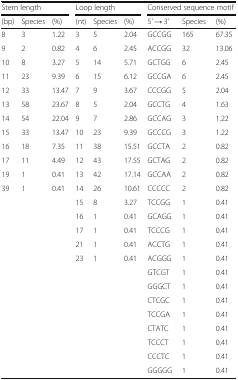
<table><thead><tr><td colspan="3"><b>Stem length</b></td><td colspan="3"><b>Loop length</b></td><td colspan="3"><b>Conserved sequence motif</b></td></tr><tr><td><b>(bp)</b></td><td><b>Species</b></td><td><b>(%)</b></td><td><b>(nt)</b></td><td><b>Species</b></td><td><b>(%)</b></td><td><b>5’ → 3’</b></td><td><b>Species</b></td><td><b>(%)</b></td></tr></thead><tbody><tr><td>8</td><td>3</td><td>1.22</td><td>3</td><td>5</td><td>2.04</td><td>GCCGG</td><td>165</td><td>67.35</td></tr><tr><td>9</td><td>2</td><td>0.82</td><td>4</td><td>6</td><td>2.45</td><td>ACCGG</td><td>32</td><td>13.06</td></tr><tr><td>10</td><td>8</td><td>3.27</td><td>5</td><td>14</td><td>5.71</td><td>GCTGG</td><td>6</td><td>2.45</td></tr><tr><td>11</td><td>23</td><td>9.39</td><td>6</td><td>15</td><td>6.12</td><td>GCCGA</td><td>6</td><td>2.45</td></tr><tr><td>12</td><td>33</td><td>13.47</td><td>7</td><td>9</td><td>3.67</td><td>CCCGG</td><td>5</td><td>2.04</td></tr><tr><td>13</td><td>58</td><td>23.67</td><td>8</td><td>5</td><td>2.04</td><td>GCCTG</td><td>4</td><td>1.63</td></tr><tr><td>14</td><td>54</td><td>22.04</td><td>9</td><td>7</td><td>2.86</td><td>GCCAG</td><td>3</td><td>1.22</td></tr><tr><td>15</td><td>33</td><td>13.47</td><td>10</td><td>23</td><td>9.39</td><td>GCCCG</td><td>3</td><td>1.22</td></tr><tr><td>16</td><td>18</td><td>7.35</td><td>11</td><td>38</td><td>15.51</td><td>GCCTA</td><td>2</td><td>0.82</td></tr><tr><td>17</td><td>11</td><td>4.49</td><td>12</td><td>43</td><td>17.55</td><td>GCTAG</td><td>2</td><td>0.82</td></tr><tr><td>19</td><td>1</td><td>0.41</td><td>13</td><td>42</td><td>17.14</td><td>GCCAA</td><td>2</td><td>0.82</td></tr><tr><td>39</td><td>1</td><td>0.41</td><td>14</td><td>26</td><td>10.61</td><td>CCCCC</td><td>2</td><td>0.82</td></tr><tr><td></td><td></td><td></td><td>15</td><td>8</td><td>3.27</td><td>TCCGG</td><td>1</td><td>0.41</td></tr><tr><td></td><td></td><td></td><td>16</td><td>1</td><td>0.41</td><td>GCAGG</td><td>1</td><td>0.41</td></tr><tr><td></td><td></td><td></td><td>17</td><td>1</td><td>0.41</td><td>TCCCG</td><td>1</td><td>0.41</td></tr><tr><td></td><td></td><td></td><td>21</td><td>1</td><td>0.41</td><td>ACCTG</td><td>1</td><td>0.41</td></tr><tr><td></td><td></td><td></td><td>23</td><td>1</td><td>0.41</td><td>ACGGG</td><td>1</td><td>0.41</td></tr><tr><td></td><td></td><td></td><td></td><td></td><td></td><td>GTCGT</td><td>1</td><td>0.41</td></tr><tr><td></td><td></td><td></td><td></td><td></td><td></td><td>GGGCT</td><td>1</td><td>0.41</td></tr><tr><td></td><td></td><td></td><td></td><td></td><td></td><td>CTCGC</td><td>1</td><td>0.41</td></tr><tr><td></td><td></td><td></td><td></td><td></td><td></td><td>TCCGA</td><td>1</td><td>0.41</td></tr><tr><td></td><td></td><td></td><td></td><td></td><td></td><td>CTATC</td><td>1</td><td>0.41</td></tr><tr><td></td><td></td><td></td><td></td><td></td><td></td><td>TCCCT</td><td>1</td><td>0.41</td></tr><tr><td></td><td></td><td></td><td></td><td></td><td></td><td>CCCTC</td><td>1</td><td>0.41</td></tr><tr><td></td><td></td><td></td><td></td><td></td><td></td><td>GGGGG</td><td>1</td><td>0.41</td></tr></tbody></table>